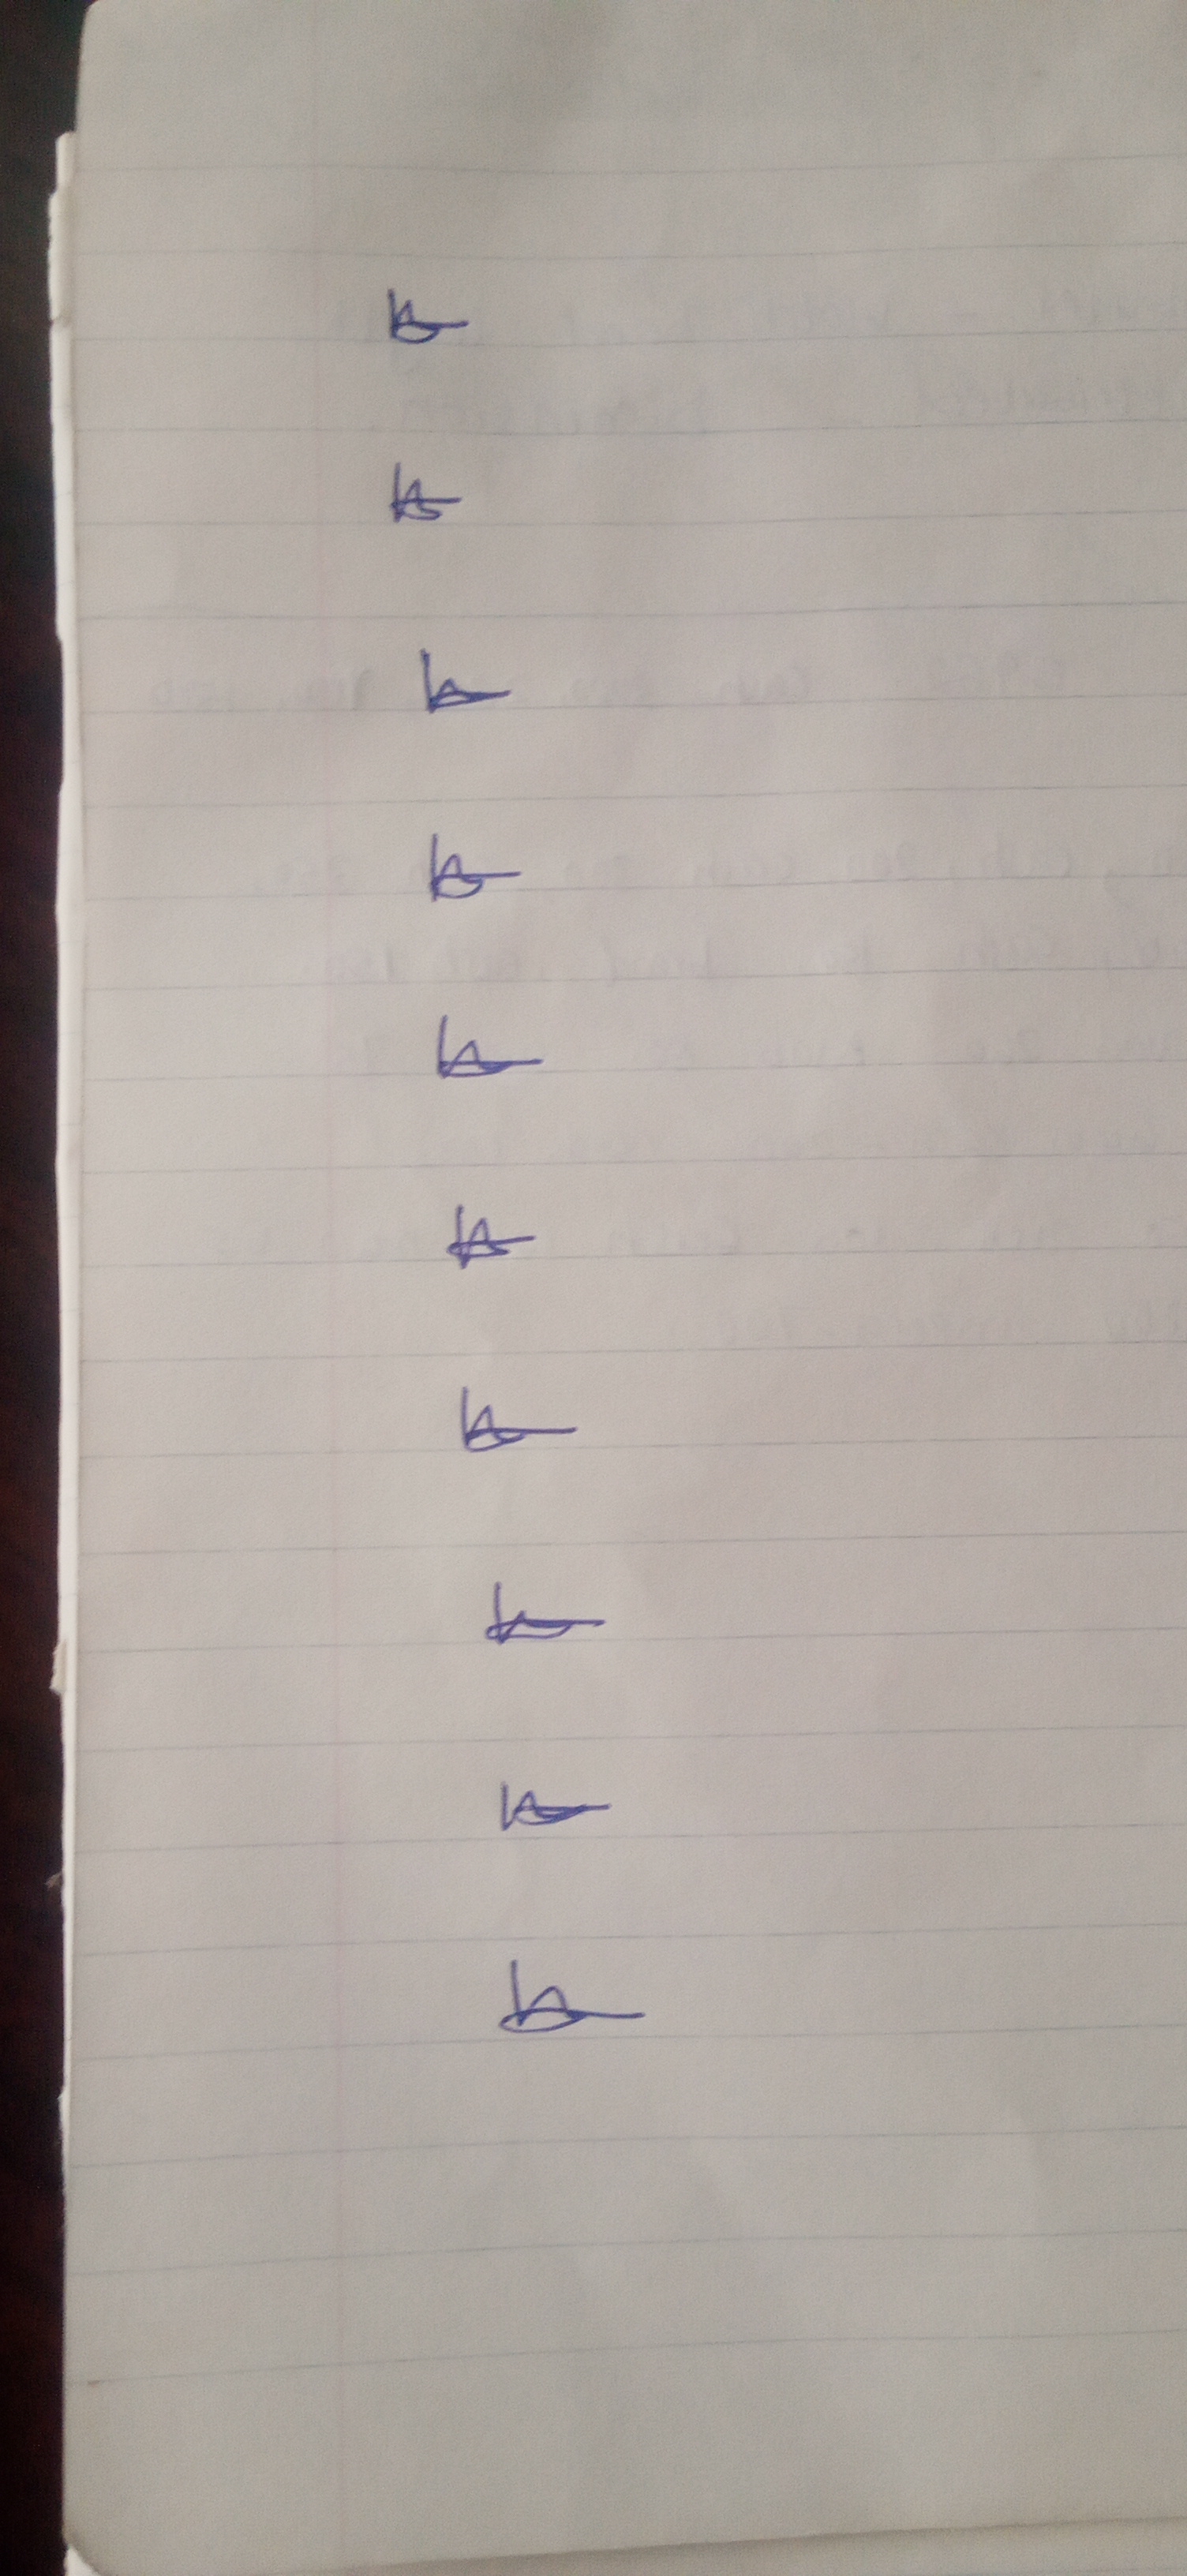
Signature authenticity: genuine